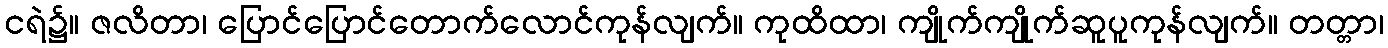
ငရဲ၌။ ဇလိတာ၊ ပြောင်ပြောင်တောက်လောင်ကုန်လျက်။ ကုထိထာ၊ ကျိုက်ကျိုက်ဆူပူကုန်လျက်။ တတ္တာ၊